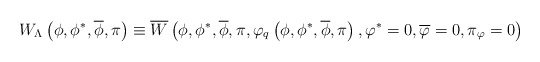
\begin{align*}W_{\Lambda }\left( \phi ,\phi ^{*},\overline{\phi},\pi\right) \equiv \overline{W}\left( \phi,\phi ^{*},\overline{\phi},\pi,\varphi _{q}\left(\phi,\phi^{*},\overline{\phi},\pi\right),\varphi ^{*}=0,\overline{\varphi}=0,\pi_{\varphi}=0\right) \end{align*}